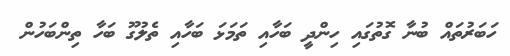
ހަބަރުތައް ބުނާ ގޮތުގައި ހިންދީ ބަހާއި ތަމަޅަ ބަހާއި ތެލުގޫ ބަހާ ތިންބަހުން